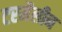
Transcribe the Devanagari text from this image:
टरमैलीन